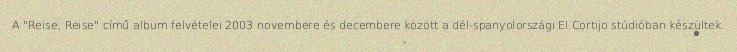
A "Reise, Reise" című album felvételei 2003 novembere és decembere között a dél-spanyolországi El Cortijo stúdióban készültek.